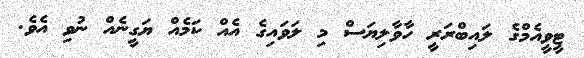
ޓީވީއެމްގެ ލައިބްރަރީ ހާވާލިޔަސް މި ލަވައިގެ އެއް ކަމެއް ޔަގީނެއް ނުވި އެވެ.